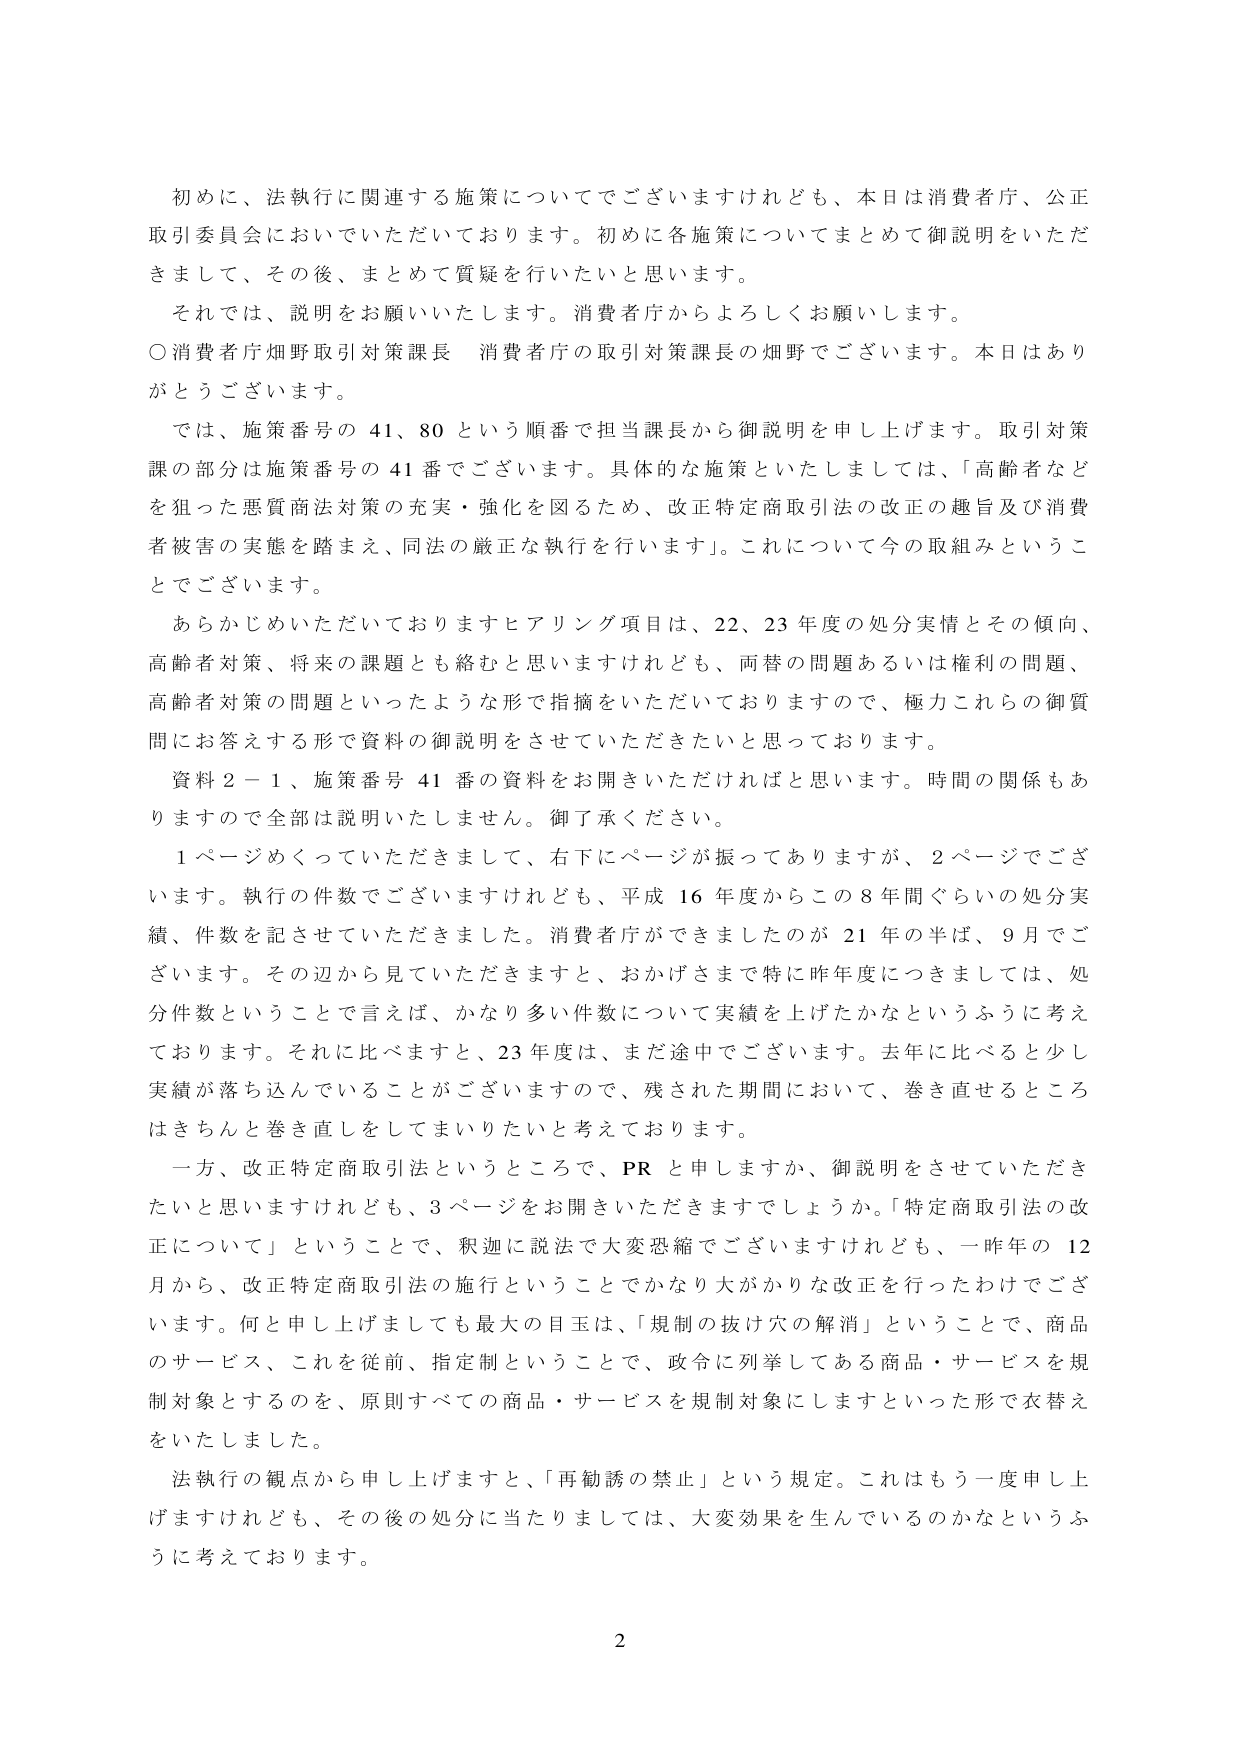
初めに、法執行に関連する施策についてでございますけれども、本日は消費者庁、公正取引委員会においていただいております。初めに各施策についてまとめて御説明をいただきまして、その後、まとめて質疑を行いたいと思います。

それでは、説明をお願いいたします。消費者庁からよろしくお願いします。

○消費者庁畑野取引対策課長 消費者庁の取引対策課長の畑野でございます。本日はありがとうございます。

では、施策番号の 41、80 という順番で担当課長から御説明を申し上げます。取引対策課の部分は施策番号の 41 番でございます。具体的な施策といたしましては、「高齢者などを狙った悪質商法対策の充実・強化を図るため、改正特定商取引法の改正の趣旨及び消費者被害の実態を踏まえ、同法の厳正な執行を行います」。これについて今の取組みということでございます。

あらかじめいただいておりますヒアリング項目は、22、23 年度の処分実情とその傾向、高齢者対策、将来の課題とも絡むと思いますけれども、両替の問題あるいは権利の問題、高齢者対策の問題といったような形で指摘をいただいておりますので、極力これらの御質問にお答えする形で資料の御説明をさせていただきたいと思っております。

資料 2－1、施策番号 41 番の資料をお開きいただければと思います。時間の関係もありますので全部は説明いたしません。御了承ください。

1 ページめくっていただきまして、右下にページが振ってありますが、2 ページでございます。執行の件数でございますけれども、平成 16 年度からこの 8 年間ぐらいの処分実績、件数を記させていただきました。消費者庁ができましたのが 21 年の半ば、9 月でございます。その辺から見ていただきますと、おかげさまで特に昨年度につきましては、処分件数ということで言えば、かなり多い件数について実績を上げたかなというふうに考えております。それに比べますと、23 年度は、まだ途中でございます。去年に比べると少し実績が落ち込んでいることがございますので、残された期間において、巻き直せるところはきちんと巻き直をしてまいりたいと考えております。

一方、改正特定商取引法というところで、PR と申しますか、御説明をさせていただきたいと思いますけれども、3 ページをお開きいただきますでしょうか。「特定商取引法の改正について」ということで、釈迦に説法で大変恐縮でございますけれども、一昨年の 12 月から、改正特定商取引法の施行ということでかなり大がかりな改正を行ったわけでございます。何と申し上げましても最大の目玉は、「規制の抜け穴の解消」ということで、商品のサービス、これを従前、指定制ということで、政令に列挙してある商品・サービスを規制対象とするのを、原則すべての商品・サービスを規制対象にしますといった形で衣替えをいたしました。

法執行の観点から申し上げますと、「再勧誘の禁止」という規定。これはもう一度申し上げますけれども、その後の処分に当たりましては、大変効果を生んでいるのかなというふうに考えております。

2